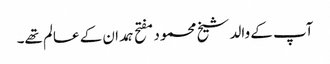
آپ کے والد شیخ محمود مفتح ہمدان کے عالم تھے۔